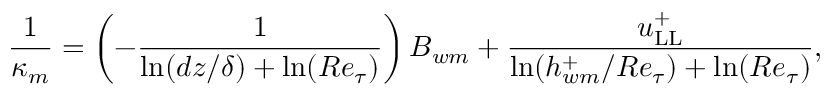
\frac { 1 } { \kappa _ { m } } = \left( - \frac { 1 } { \ln ( d z / \delta ) + \ln ( R e _ { \tau } ) } \right) B _ { w m } + \frac { u _ { \mathrm { L L } } ^ { + } } { \ln ( h _ { w m } ^ { + } / R e _ { \tau } ) + \ln ( R e _ { \tau } ) } ,